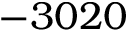
- 3 0 2 0